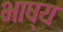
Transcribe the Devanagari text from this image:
भाष्‍य